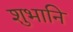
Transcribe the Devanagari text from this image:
शुभानि